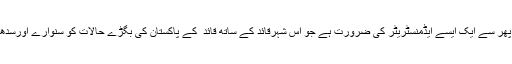
انہیں پھر سے ایک ایسے ایڈمنسٹریٹر کی ضرورت ہے جو اس شہرقائدؒ کے ساتھ قائد ؒ کے پاکستان کی بگڑے حالات کو سنوارے اورسدھارے۔